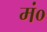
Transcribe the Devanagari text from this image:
मं०